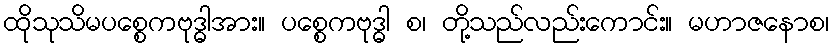
ထိုသုသိမပစ္စေကဗုဒ္ဓါအား။ ပစ္စေကဗုဒ္ဓါ စ၊ တို့သည်လည်းကောင်း။ မဟာဇနောစ၊